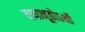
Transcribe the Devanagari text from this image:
यथाभूतोऽर्थो